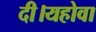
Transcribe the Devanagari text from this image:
दी।यहोवा